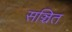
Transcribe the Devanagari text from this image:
सञ्चित